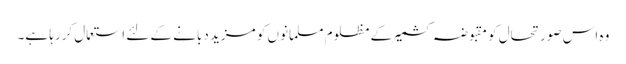
وہ اس صورتحال کو مقبوضہ کشمیر کے مظلوم مسلمانوں کو مزید دبانے کے لئے استعمال کررہا ہے۔